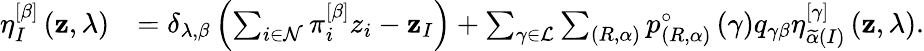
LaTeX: \begin{array}{rl}{\eta_{I}^{\left[\beta\right]}\left(\mathbf{z},\lambda\right)}&{=\delta_{\lambda,\beta}\left(\sum_{i\in\mathcal{N}}\pi_{i}^{\left[\beta\right]}z_{i}-\mathbf{z}_{I}\right)+\sum_{\gamma\in\mathcal{L}}\sum_{\left(R,\alpha\right)}p_{\left(R,\alpha\right)}^{\circ}\left(\gamma\right)q_{\gamma\beta}\eta_{\widetilde{\alpha}\left(I\right)}^{\left[\gamma\right]}\left(\mathbf{z},\lambda\right).}\end{array}